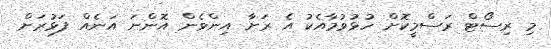
މި ރިސޯޓް ރަސްމީކޮށް ހުޅުވުމާއެކު އެ ރަށާ އިންވެން އޮންނަ އަނެއް ފަޅުރަށް